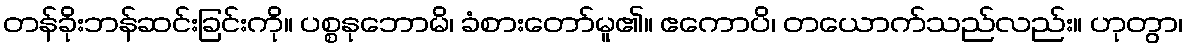
တန်ခိုးဘန်ဆင်းခြင်းကို။ ပစ္စနုဘောမိ၊ ခံစားတော်မူ၏။ ဧကောပိ၊ တယောက်သည်လည်း။ ဟုတွာ၊